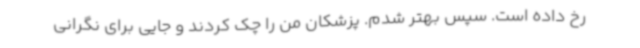
رخ داده است. سپس بهتر شدم. پزشکان من را چک کردند و جایی برای نگرانی